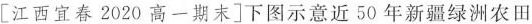
[江西宜春2020高一期末]下图示意近50年新疆绿洲农田